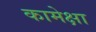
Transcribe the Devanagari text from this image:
कामेक्षा